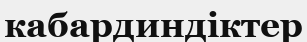
кабардиндіктер